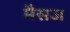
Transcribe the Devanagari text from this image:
मैसज